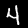
Digit: 4